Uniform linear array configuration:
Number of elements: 24
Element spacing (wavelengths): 0.5
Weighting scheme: kaiser
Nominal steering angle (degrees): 60
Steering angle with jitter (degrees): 58.04
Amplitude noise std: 0.05
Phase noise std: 0.05

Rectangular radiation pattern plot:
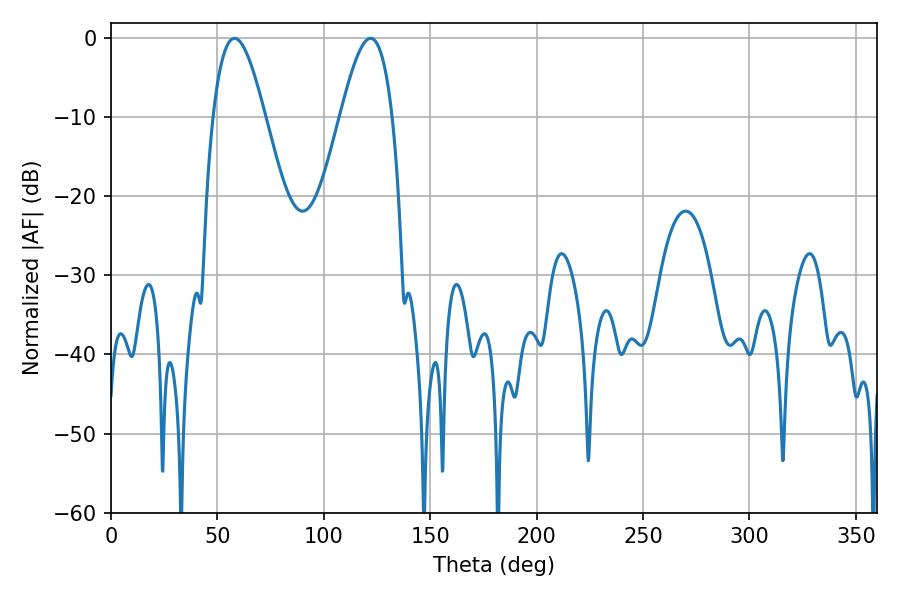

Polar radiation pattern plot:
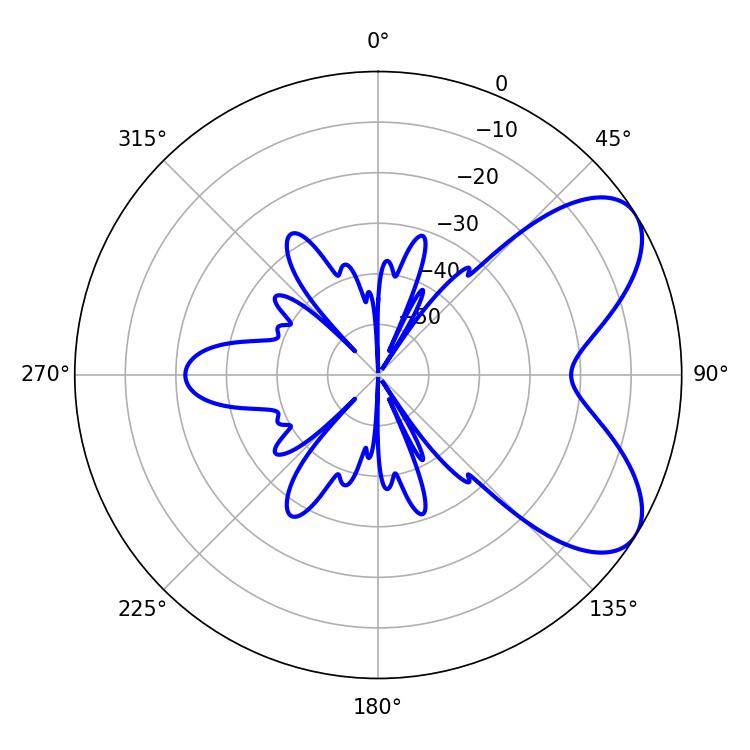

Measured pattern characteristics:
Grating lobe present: FALSE
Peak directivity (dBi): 6.662
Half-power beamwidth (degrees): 13.32
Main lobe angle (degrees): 57.96